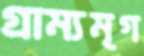
গ্রাম্যমৃগ